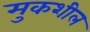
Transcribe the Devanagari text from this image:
मुकशील